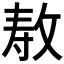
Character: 𫾳